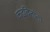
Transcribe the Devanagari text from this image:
कढवितांना